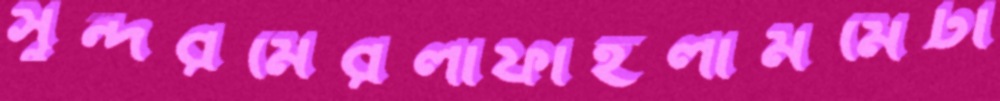
সুন্দরমেরলাফাইলামমেটা